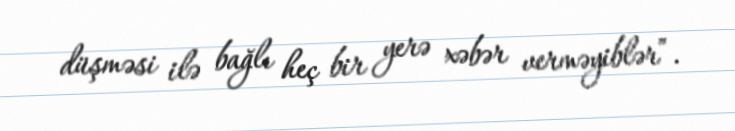
düşməsi ilə bağlı heç bir yerə xəbər verməyiblər”.